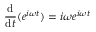
{ \frac { \mathrm { d } } { \mathrm { d } t } } ( e ^ { i \omega t } ) = i \omega e ^ { i \omega t }